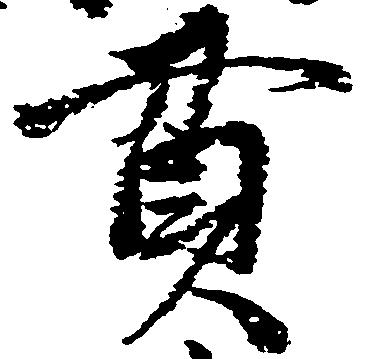
貫